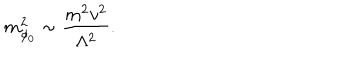
m _ { \phi _ { 0 } } ^ { 2 } \sim { \frac { m ^ { 2 } v ^ { 2 } } { \Lambda ^ { 2 } } } .